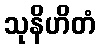
သုနိဟိတံ